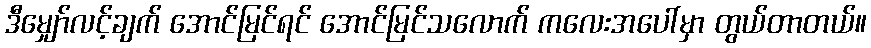
ဒီမျှော်လင့်ချက် အောင်မြင်ရင် အောင်မြင်သလောက် ကလေးအပေါ်မှာ တွယ်တာတယ်။